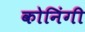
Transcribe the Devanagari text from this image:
कोनिंगी